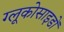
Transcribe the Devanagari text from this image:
ग्लूकोसाइडों